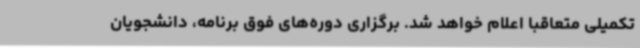
تکمیلی متعاقبا اعلام خواهد شد. برگزاری دوره‌های فوق برنامه، دانشجویان